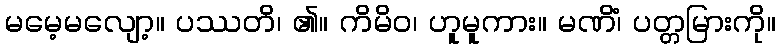
မမေ့မလျော့။ ပဿတိ၊ ၏။ ကိမိဝ၊ ဟူမူကား။ မဏိံ၊ ပတ္တမြားကို။